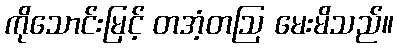
ကိုသောင်းမြင့် တအံ့တဩ မေးမိသည်။